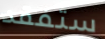
ستفقد